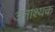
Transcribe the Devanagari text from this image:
अनाश्यक